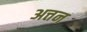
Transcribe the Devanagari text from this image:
अत्तन